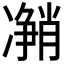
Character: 𰄎